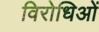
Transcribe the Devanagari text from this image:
विरोधिओं